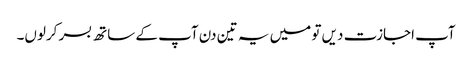
آپ اجازت دیں تو میں یہ تین دن آپ کے ساتھ بسر کرلوں۔